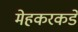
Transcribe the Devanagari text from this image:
मेहकरकडे